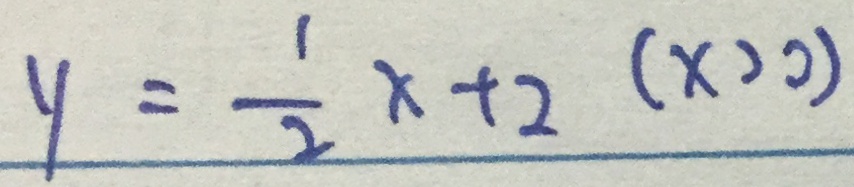
y = \frac { 1 } { 2 } x + 2 ( x > 0 )